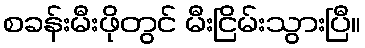
စခန်းမီးဖိုတွင် မီးငြိမ်းသွားပြီ။